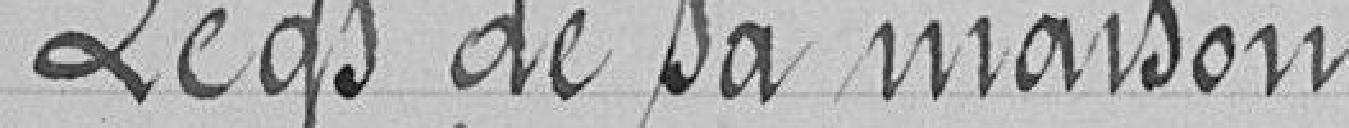
Legs de sa maison